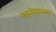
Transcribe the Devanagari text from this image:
आरोपानंतर